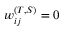
w _ { i j } ^ { ( T , S ) } = 0